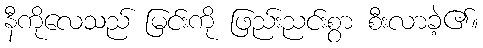
နီကိုလေသည် မြင်းကို ဖြည်းညင်းစွာ စီးလာခဲ့၏။